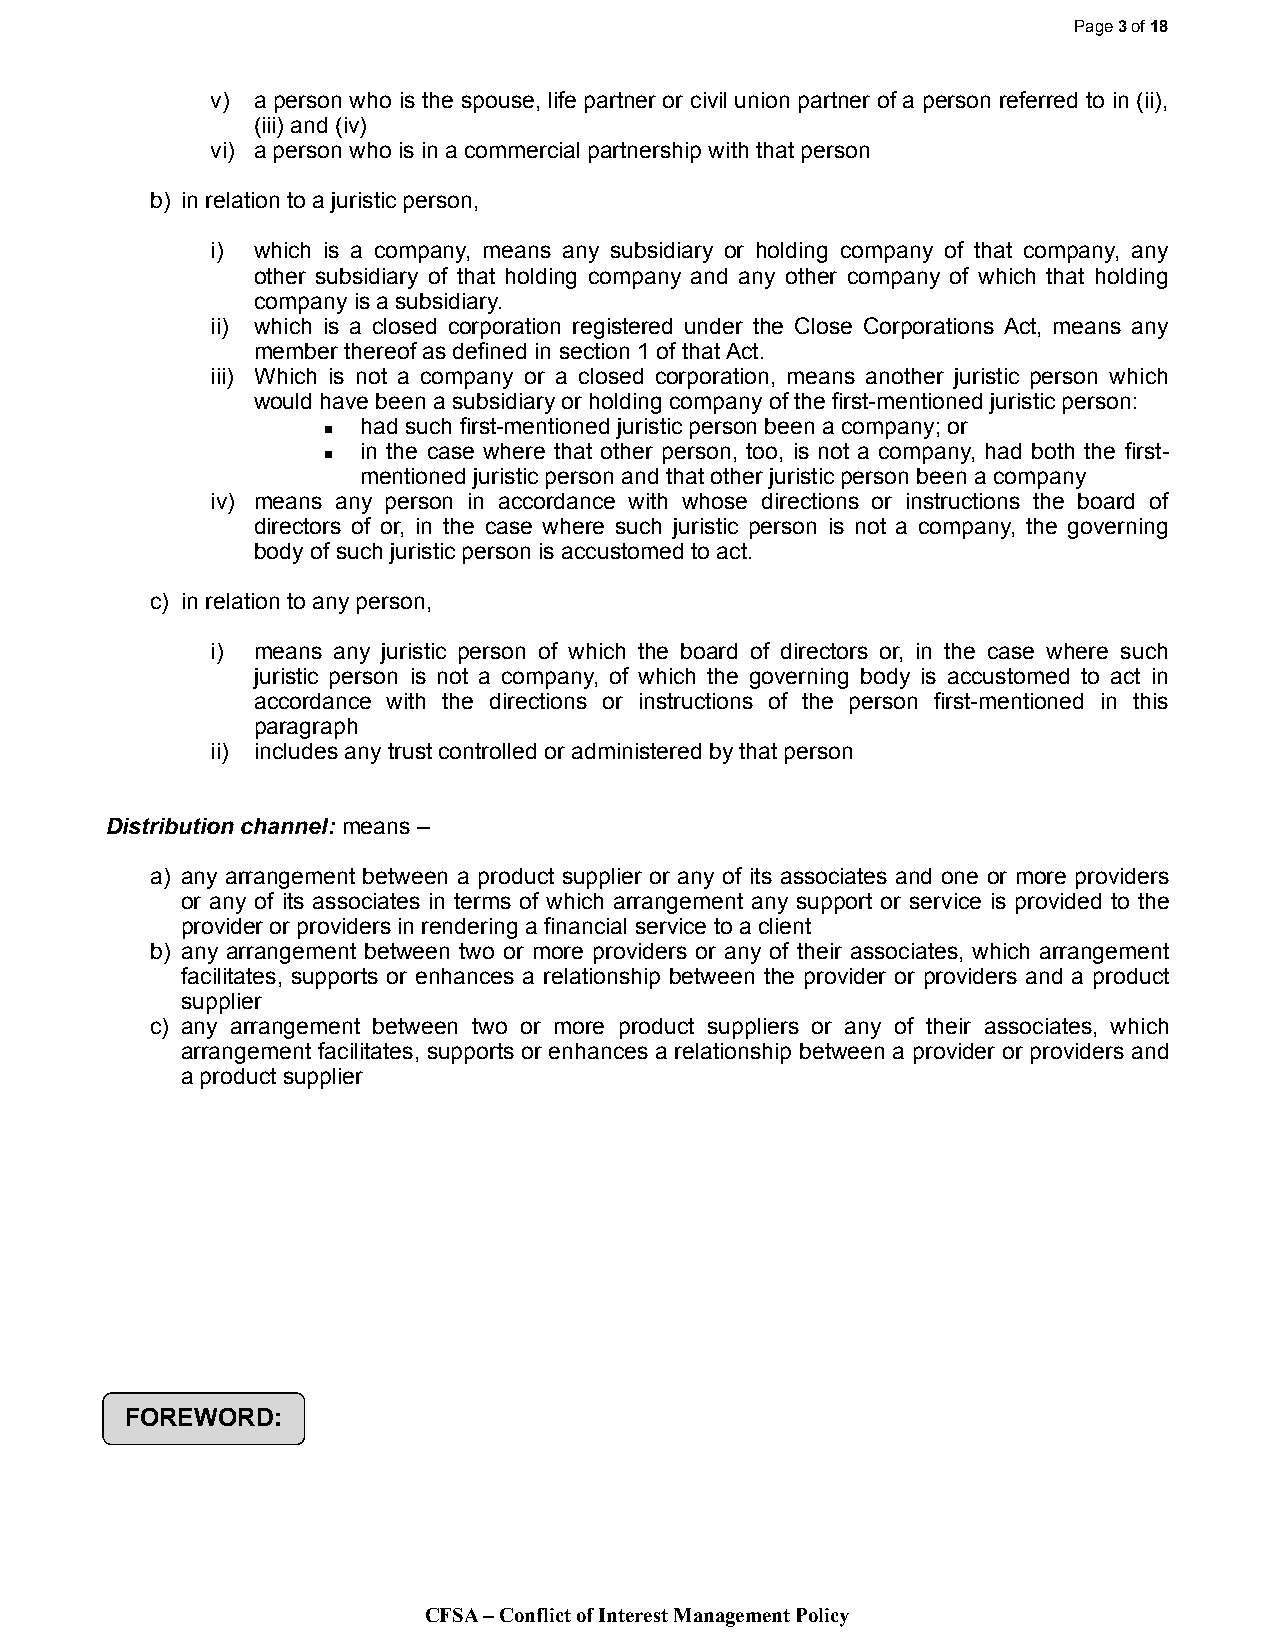
Page 3 of 18
 v) a person who is the spouse, life partner or civil union partner of a person referred to in (ii),
 (iii) and (iv)
 vi) a person who is in a commercial partnership with that person
 b) in relation to a juristic person,
 i) which is a company, means any subsidiary or holding company of that company, any
 other subsidiary of that holding company and any other company of which that holding
 company is a subsidiary.
 ii) which is a closed corporation registered under the Close Corporations Act, means any
 member thereof as defined in section 1 of that Act.
 iii) Which is not a company or a closed corporation, means another juristic person which
 would have been a subsidiary or holding company of the first-mentioned juristic person:
 ▪  had such first-mentioned juristic person been a company; or
 ▪  in the case where that other person, too, is not a company, had both the first-
 mentioned juristic person and that other juristic person been a company
 iv) means any person in accordance with whose directions or instructions the board of
 directors of or, in the case where such juristic person is not a company, the governing
 body of such juristic person is accustomed to act.
 c) in relation to any person,
 i) means any juristic person of which the board of directors or, in the case where such
 juristic person is not a company, of which the governing body is accustomed to act in
 accordance with the directions or instructions of the person first-mentioned in this
 paragraph
 ii) includes any trust controlled or administered by that person
 Distribution channel: means –
 a) any arrangement between a product supplier or any of its associates and one or more providers
 or any of its associates in terms of which arrangement any support or service is provided to the
 provider or providers in rendering a financial service to a client
 b) any arrangement between two or more providers or any of their associates, which arrangement
 facilitates, supports or enhances a relationship between the provider or providers and a product
 supplier
 c) any arrangement between two or more product suppliers or any of their associates, which
 arrangement facilitates, supports or enhances a relationship between a provider or providers and
 a product supplier
 FOREWORD:
 CFSA – Conflict of Interest Management Policy